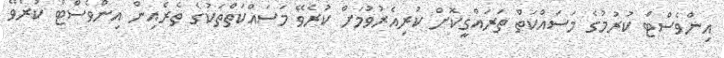
އިންވެސްޓް ކުރުމުގެ މަސައްކަތް ތަރައްގީކޮށް ކުރިއެރުވުމަށް ކުރެވޭ މަސައްކަތްތަކުގެ ތެރެއިން އިންވެސްޓް ކުރެވޭ